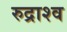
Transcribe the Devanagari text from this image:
रुद्राश्व